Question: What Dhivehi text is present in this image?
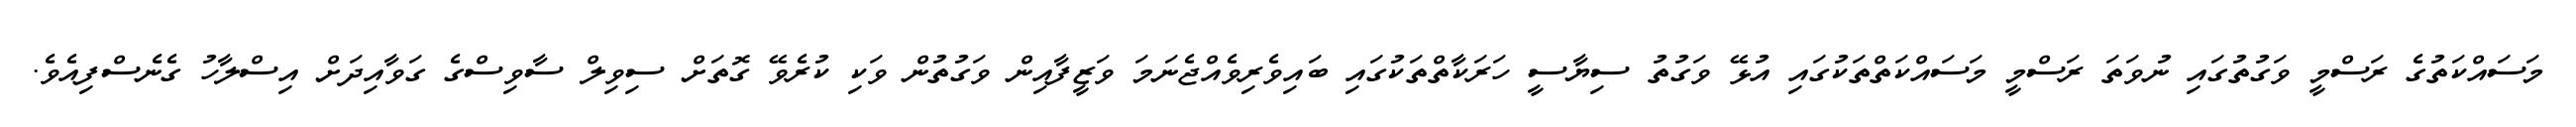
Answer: މަސައްކަތުގެ ރަސްމީ ވަގުތުގައި ނުވަތަ ރަސްމީ މަސައްކަތްތަކުގައި އުޅޭ ވަގުތު ސިޔާސީ ހަރަކާތްތަކުގައި ބައިވެރިވެއްޖެނަމަ ވަޒީފާއިން ވަގުތުން ވަކި ކުރެވޭ ގޮތަށް ސިވިލް ސާވިސްގެ ގަވާއިދަށް އިސްލާހު ގެނެސްފިއެވެ.